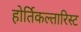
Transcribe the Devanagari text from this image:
होर्तिकल्तारिस्ट